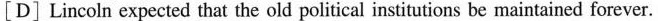
[D] Lincoln expected that the old political institutions forever.